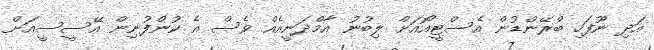
އަދި ނޫފަހި ބްރޭންޑުން އެސްޓީއޯއަށް ލިބުނު އާމްދަނީއެއް ވެސް އެ ކުންފުނިން އޭސީސީއަށް